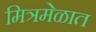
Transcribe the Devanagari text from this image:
मित्रमेळात